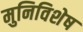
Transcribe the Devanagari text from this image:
मुनिविशेष